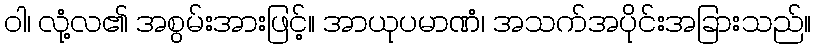
ဝါ၊ လုံ့လ၏ အစွမ်းအားဖြင့်။ အာယုပမာဏံ၊ အသက်အပိုင်းအခြားသည်။